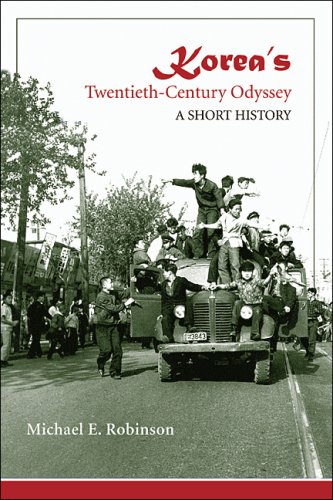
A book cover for Korea's Twentieth-Century Odyssey: A Short History; Michael E. Robinson; History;